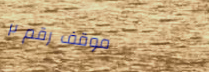
موقف رقم ٢